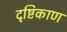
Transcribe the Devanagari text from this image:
दृष्टिकाण